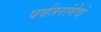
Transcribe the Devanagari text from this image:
पर्वतरांगेचे